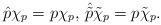
LaTeX: \begin{align*}\hat p \chi_p=p\chi_p,\,\hat{\tilde p}\tilde\chi_p=p\tilde \chi_p.\end{align*}